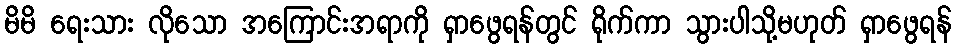
မိမိ ရေးသား လိုသော အကြောင်းအရာကို ရှာဖွေရန်တွင် ရိုက်ကာ သွားပါသို့မဟုတ် ရှာဖွေရန်